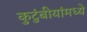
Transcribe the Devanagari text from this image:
कुटुंबीयांमध्ये